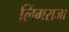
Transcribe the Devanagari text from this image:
लिंगराजा